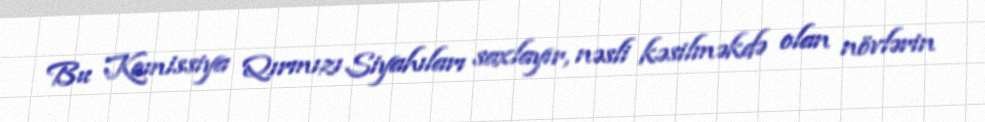
Bu Komissiya Qırmızı Siyahıları saxlayır, nəsli kəsilməkdə olan növlərin